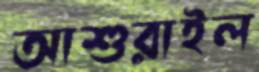
আশুরাইল